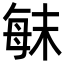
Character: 𣔍